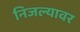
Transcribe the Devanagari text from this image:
निजल्यावर